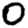
Digit: 0